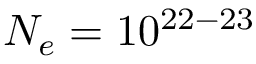
N _ { e } = 1 0 ^ { 2 2 - 2 3 }